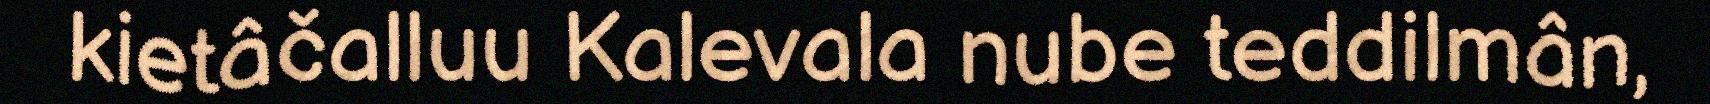
kietâčalluu Kalevala nube teddilmân,